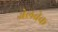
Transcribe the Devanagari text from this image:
जेलब्रेक